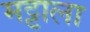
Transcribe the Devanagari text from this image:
मट्टाला